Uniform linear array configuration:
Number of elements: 16
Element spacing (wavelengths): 0.25
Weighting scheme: exponential
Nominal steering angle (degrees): -30
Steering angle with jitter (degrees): -31.815
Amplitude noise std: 0.05
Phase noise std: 0.05

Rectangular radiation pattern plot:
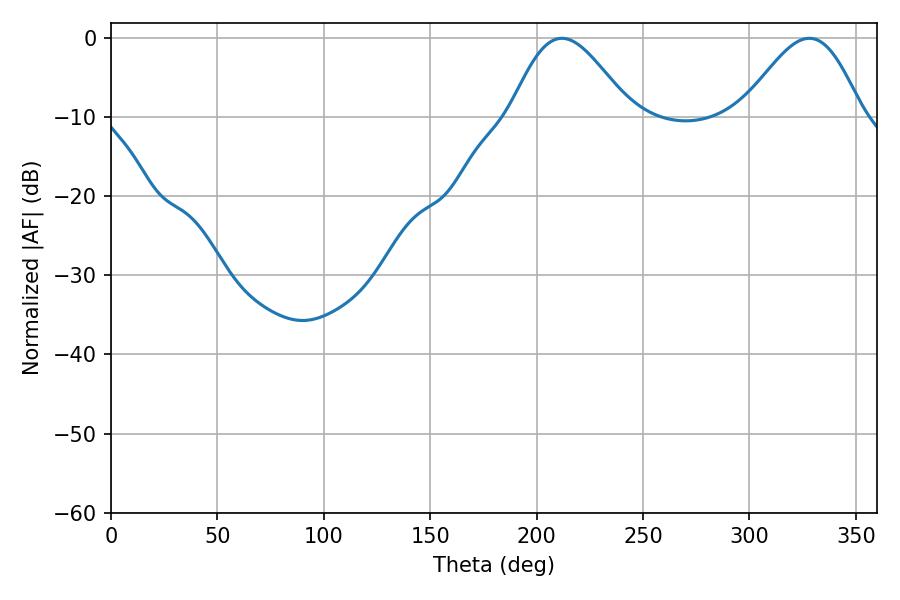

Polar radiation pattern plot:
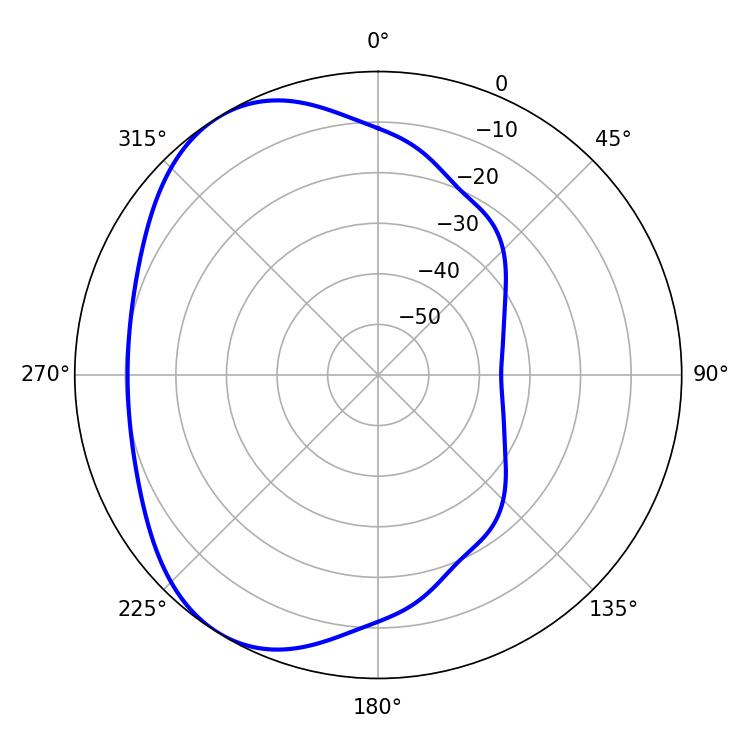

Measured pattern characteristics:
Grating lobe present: FALSE
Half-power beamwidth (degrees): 29.88
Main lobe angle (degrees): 211.86